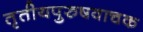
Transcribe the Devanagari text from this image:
तृतीयपुरुषवाचक